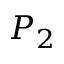
P _ { 2 }